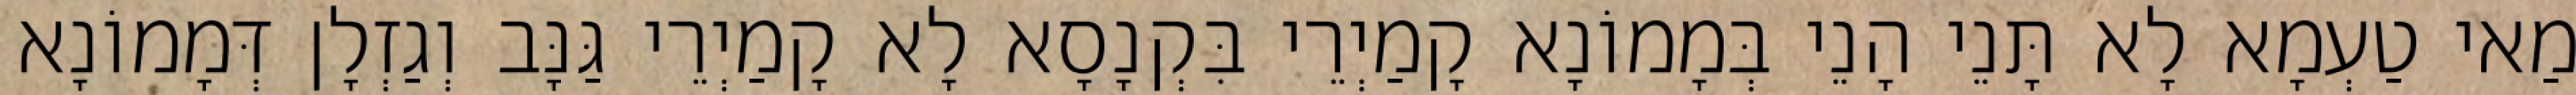
מַאי טַעְמָא לָא תָּנֵי הָנֵי בְּמָמוֹנָא קָמַיְרֵי בִּקְנָסָא לָא קָמַיְרֵי גַּנָּב וְגַזְלָן דְּמָמוֹנָא